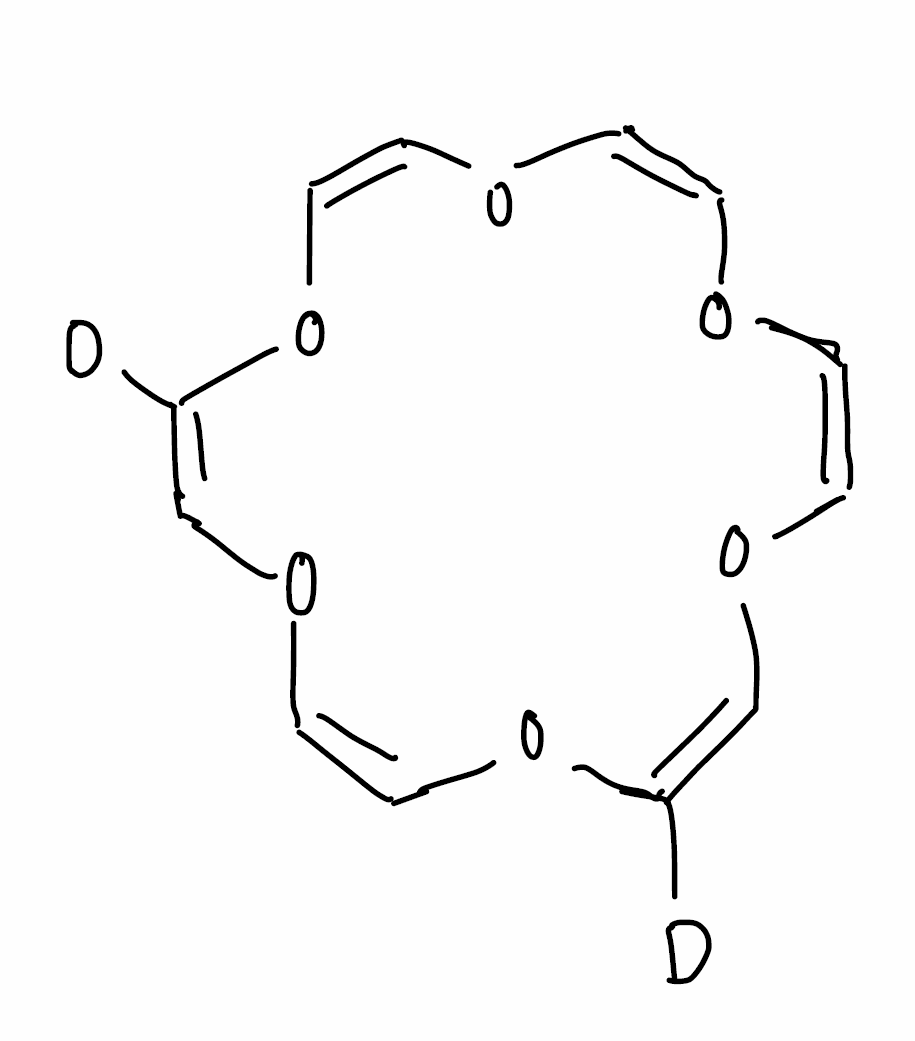
Simplified molecular-input line-entry system (SMILES) notation of the given molecule:
[2H]C1=COC=COC=COC=COC(=COC=CO1)[2H]